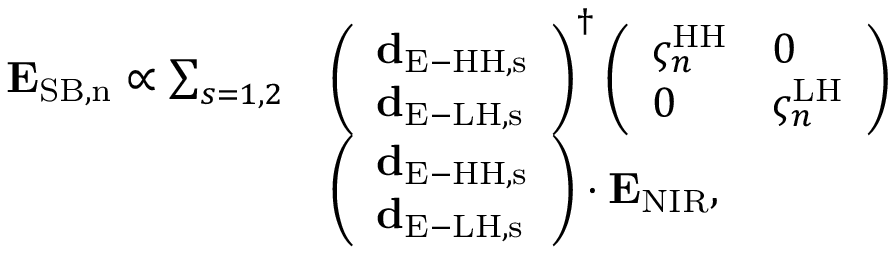
\begin{array} { r l } { { \bf E } _ { \mathrm { S B , n } } \propto \sum _ { s = 1 , 2 } } & { \left( \begin{array} { l } { { \bf d } _ { \mathrm { E - H H , s } } } \\ { { \bf d } _ { \mathrm { E - L H , s } } } \end{array} \right) ^ { \dag } \left( \begin{array} { l l } { \varsigma _ { n } ^ { \mathrm { H H } } } & { 0 } \\ { 0 } & { \varsigma _ { n } ^ { \mathrm { L H } } } \end{array} \right) } \\ & { \left( \begin{array} { l } { { \bf d } _ { \mathrm { E - H H , s } } } \\ { { \bf d } _ { \mathrm { E - L H , s } } } \end{array} \right) \cdot { \bf E } _ { \mathrm { N I R } } , } \end{array}